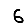
Digit: 6